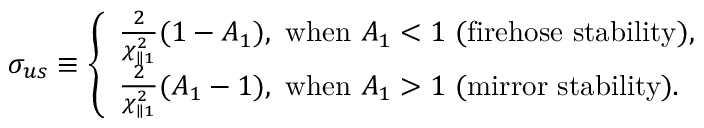
\sigma _ { u s } \equiv \left\{ \begin{array} { l } { \frac { 2 } { \chi _ { \parallel 1 } ^ { 2 } } ( 1 - A _ { 1 } ) , ~ \mathrm { w h e n } ~ A _ { 1 } < 1 ~ ( \mathrm { f i r e h o s e } ~ \mathrm { s t a b i l i t y } ) , } \\ { \frac { 2 } { \chi _ { \parallel 1 } ^ { 2 } } ( A _ { 1 } - 1 ) , ~ \mathrm { w h e n } ~ A _ { 1 } > 1 ~ ( \mathrm { m i r r o r } ~ \mathrm { s t a b i l i t y } ) . } \end{array} \right.